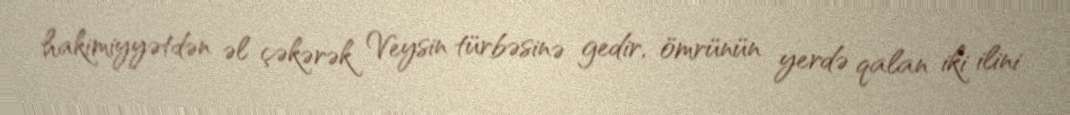
hakimiyyətdən əl çəkərək Veysin türbəsinə gedir, ömrünün yerdə qalan iki ilini